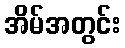
အိမ်အတွင်း